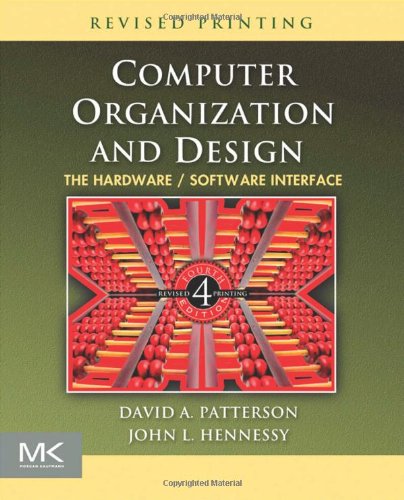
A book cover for Computer Organization and Design, Fourth Edition: The Hardware/Software Interface (The Morgan Kaufmann Series in Computer Architecture and Design); David A. Patterson; Computers & Technology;